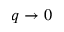
q \to 0